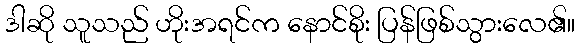
ဒါဆို သူသည် ဟိုးအရင်က နောင်စိုး ပြန်ဖြစ်သွားလေ၏။